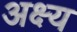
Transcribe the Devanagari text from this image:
अक्ष्य